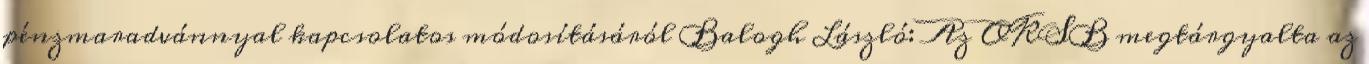
pénzmaradvánnyal kapcsolatos módosításáról Balogh László: Az OKSB megtárgyalta az